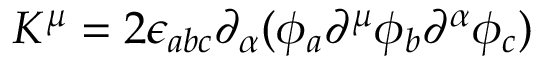
K ^ { \mu } = 2 \epsilon _ { a b c } \partial _ { \alpha } ( \phi _ { a } \partial ^ { \mu } \phi _ { b } \partial ^ { \alpha } \phi _ { c } )